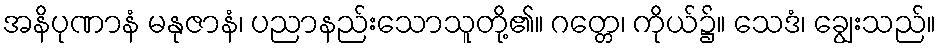
အနိပုဏာနံ မနုဇာနံ၊ ပညာနည်းသောသူတို့၏။ ဂတ္တေ၊ ကိုယ်၌။ သေဒံ၊ ချွေးသည်။